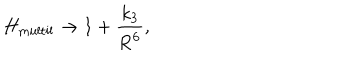
LaTeX: H _ { \mathrm { m u l t i l } } \rightarrow 1 + \frac { k _ { 3 } } { \mathrm { R } ^ { 6 } } ,